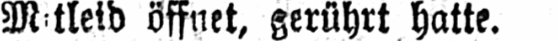
öffnet, gerührt hatte.